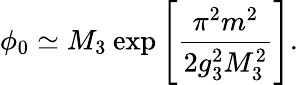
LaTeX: \phi_{0}\simeq M_{3}\: \mathrm{exp}\left[{\frac{\pi^{2}m^{2}}{2g_{3}^{2}M_{3}^{2}}}\right].